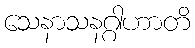
သေနာသနဂ္ဂါဟာတိ